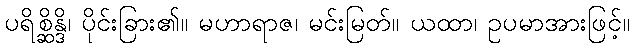
ပရိစ္ဆိန္ဒိ၊ ပိုင်းခြား၏။ မဟာရာဇ၊ မင်းမြတ်။ ယထာ၊ ဥပမာအားဖြင့်။